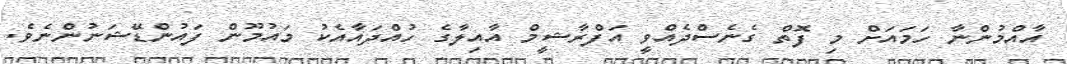
އާއްމުންނާ ހަމައަށް މި ފޮތް ގެނެސްދެއްވީ އަފްރާޝީމް އާއިލާގެ ހުއްދައާއެކު މައުމޫން ފައުންޑޭޝަނުންނެވެ.